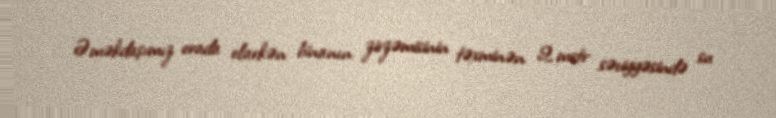
Əməkdaşımız orada olarkən binanın zirzəmisinin təxminən 2 metr səviyyəsində su